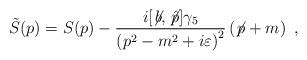
LaTeX: \begin{align*}\tilde S(p)=S(p) - {i[\not\!b, \not\!{\hat p}]\gamma_5\over\left(p^2-m^2+i\varepsilon\right)^2}\left(\not\!p +m\right)\ , \end{align*}